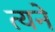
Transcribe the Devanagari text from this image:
त्यने